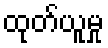
ထုတ်ယူမှု